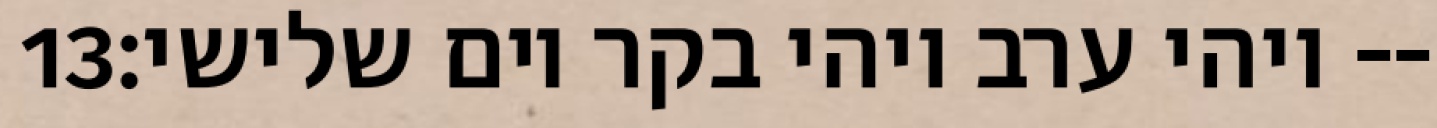
‎13‏ ויהי ערב ויהי בקר יום שלישי׃--